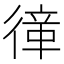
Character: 𢕎